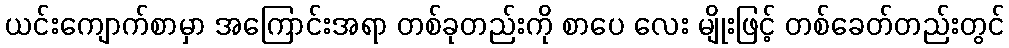
ယင်းကျောက်စာမှာ အကြောင်းအရာ တစ်ခုတည်းကို စာပေ လေး မျိုးဖြင့် တစ်ခေတ်တည်းတွင်